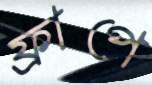
ফ্রাপে